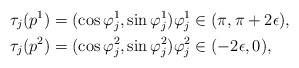
\begin{align*} \tau_j(p^1)&=(\cos \varphi^1_j,\sin \varphi^1_j) \varphi^1_j\in (\pi,\pi + 2\epsilon),\\ \tau_j(p^2)&=(\cos \varphi^2_j,\sin \varphi^2_j) \varphi^2_j\in (-2\epsilon,0),\end{align*}